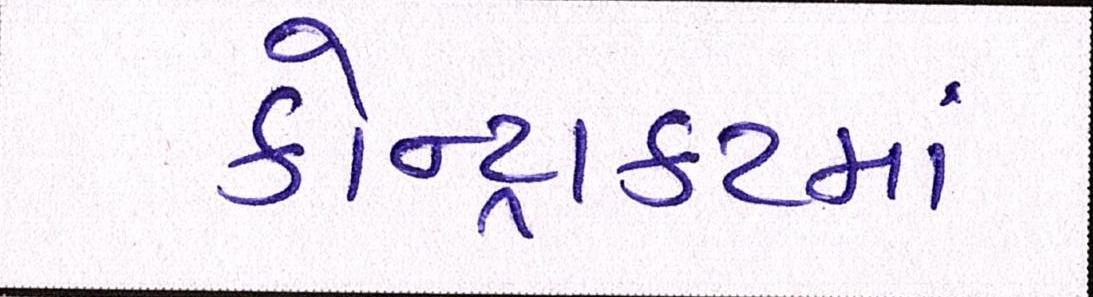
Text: કોન્ટ્રાકટમાં